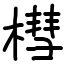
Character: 槥